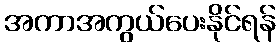
အကာအကွယ်ပေးနိုင်ရန်